Punjab Mental Hospital Lahore 1922-31 - 1922-1931
Year: 1922
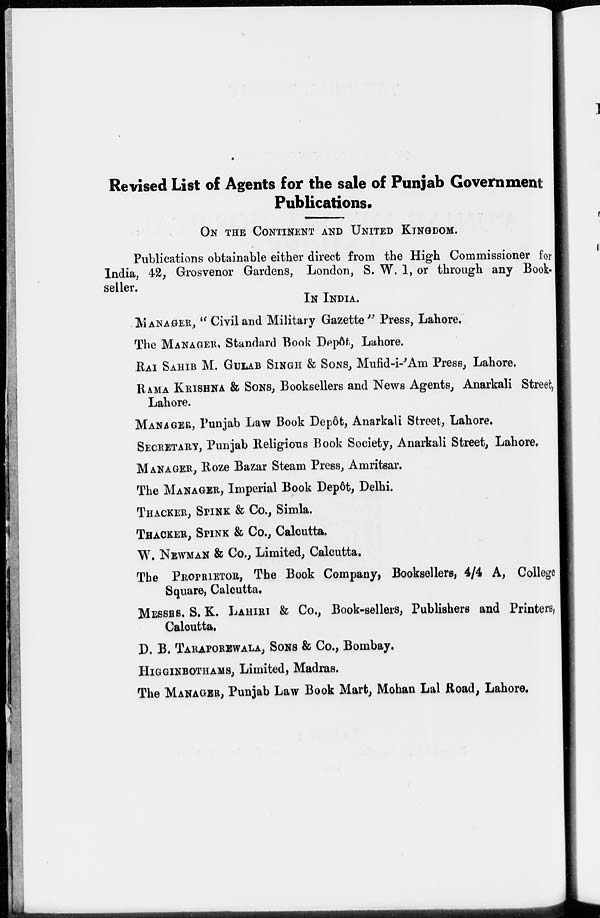
Revised List of Agents for the sale of Punjab Government
Publications.
ON THE CONTINENT AND UNITED KINGDOM.
Publications obtainable either direct from the High Commissioner for
India, 42, Grosvenor Gardens, London, S. W. 1, or through any Book-
seller.
IN INDIA.
MANAGER, " Civil and Military Gazette" Press, Lahore.
The MANAGER, Standard Book Depôt, Lahore.
RAI SAHIB M. GULAB SINGH & SONS, Mufid-i-'Am Press, Lahore.
RAMA KRISHNA & SONS, Booksellers and News Agents, Anarkali Street,
Lahore.
MANAGER, Punjab Law Book Depôt, Anarkali Street, Lahore.
SECRETARY, Punjab Religious Book Society, Anarkali Street, Lahore.
MANAGER, Roze Bazar Steam Press, Amritsar.
The MANAGER, Imperial Book Depôt, Delhi.
THACKER, SPINK & Co., Simla.
THACKER, SPINK & Co., Calcutta.
W. NEWMAN & Co., Limited, Calcutta.
The PROPRIETOR, The Book Company, Booksellers, 4/4 A, College
Square, Calcutta.
MESSERS, S. K. LAHIRI & Co., Book-sellers, Publishers and Printers)
Calcutta.
D. B. TARAPOREWALA, SONS & Co., Bombay,
HIGGINBOTHAMS, Limited, Madras.
The MANAGER, Punjab Law Book Mart, Mohan Lal Road, Lahore.